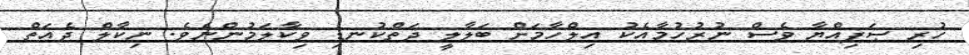
ހުރި ޞަފިއްޔާ ވެސް ނުރުހުމާއެކު އިލްހާމަށް ބަލާލީ ދަތްކުނޑި ވިކާލަމުންނެވެ. ނިކާލް ދެއަތް